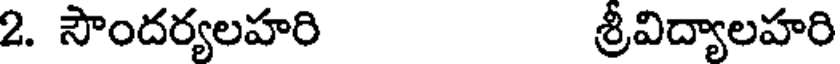
2. సౌందర్యలహరి శ్రీవిద్యాలహరి